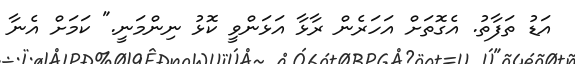
އަޑު ތަފާތު. އެގޮތަށް އަހަރެން ރާޅާ އަޅަންވީ ކޮޅު ނިންމަނީ." ކަމަަށް އެނާ